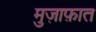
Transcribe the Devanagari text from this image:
मुज़ाफ़ात